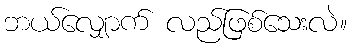
ဘယ်လျှောက် လည်ဖြစ်သေးလဲ။